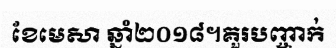
ខែមេសា ឆ្នាំ២០១៨។គួរបញ្ចាក់